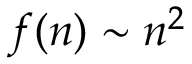
f ( n ) \sim n ^ { 2 }